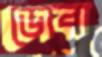
ডোবা